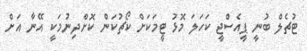
ޓުޗެލް ބުނީ ޕީއެސްޖީ ކަހަލަ މޮޅު ޓީމަކަށް ކޯޗުކަން ކޮށްދިނުމަކީ އޭނާ އަށް